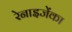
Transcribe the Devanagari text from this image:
रेनाइजेंका